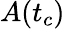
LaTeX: A(t_{c})